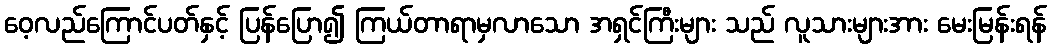
ဝေ့လည်ကြောင်ပတ်နှင့် ပြန်ပြော၍ ကြယ်တာရာမှလာသော အရှင်ကြီးများ သည် လူသားများအား မေးမြန်းရန်